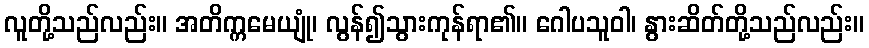
လူတို့သည်လည်း။ အတိက္ကမေယျုံ၊ လွန်၍သွားကုန်ရာ၏။ ဂေါပသူဝါ၊ နွားဆိတ်တို့သည်လည်း။